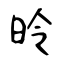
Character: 昤